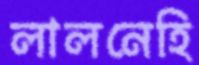
লালনেহি